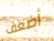
أضعف